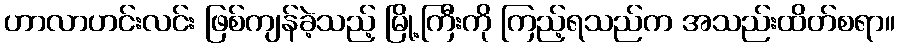
ဟာလာဟင်းလင်း ဖြစ်ကျန်ခဲ့သည့် မြို့ကြီးကို ကြည့်ရသည်က အသည်းထိတ်စရာ။